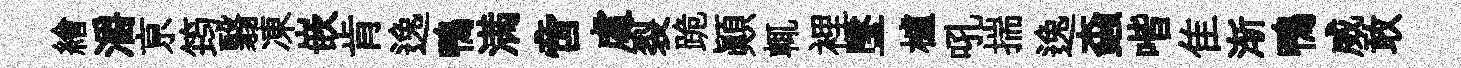
繪灂亰筠翳凍嵌肯逸鴨满啻䖏裂跪顚輒裡墜櫨吼揣逸螙喈隹渐鴨威敢